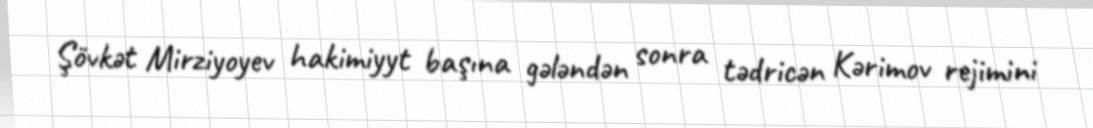
Şövkət Mirziyoyev hakimiyyt başına gələndən sonra tədricən Kərimov rejimini